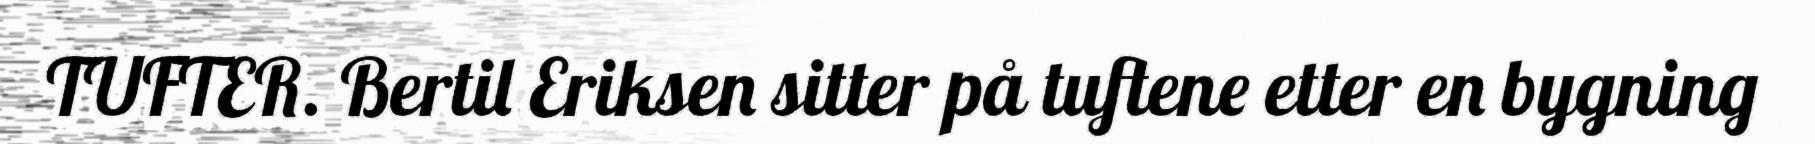
TUFTER. Bertil Eriksen sitter på tuftene etter en bygning